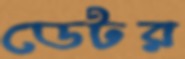
ডেটর